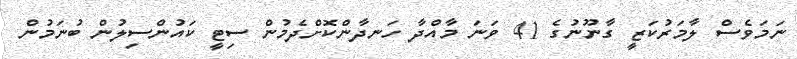
ނަމަވެސް ލާމަރުކަޒީ ގާނޫނުގެ 41 ވަނަ މާއްދާ ހަނދާންކޮށްދެމުން ސިޓީ ކައުންސިލުން ބުނަމުން